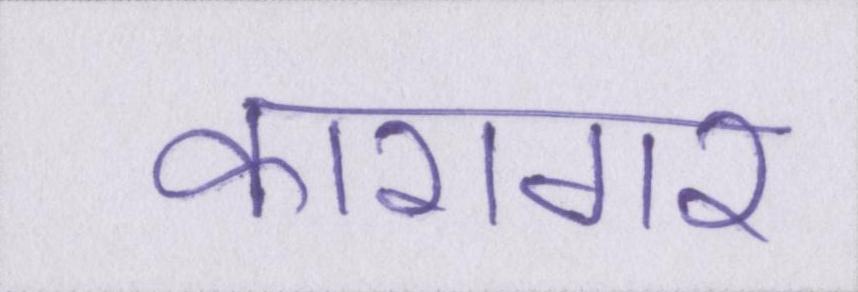
कारागर